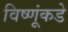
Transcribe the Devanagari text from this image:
विष्णूंकडे